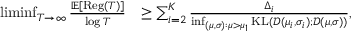
\begin{array} { r l } { \operatorname* { l i m i n f } _ { T \to \infty } \frac { \mathbb { E } [ \mathrm { R e g } ( T ) ] } { \log T } } & { \geq \sum _ { i = 2 } ^ { K } \frac { \Delta _ { i } } { \operatorname* { i n f } _ { ( { \mu , \sigma } ) : \mu > \mu _ { 1 } } \mathrm { K L } ( \mathcal { D } ( \mu _ { i } , \sigma _ { i } ) ; \mathcal { D } ( \mu , \sigma ) ) } , } \end{array}